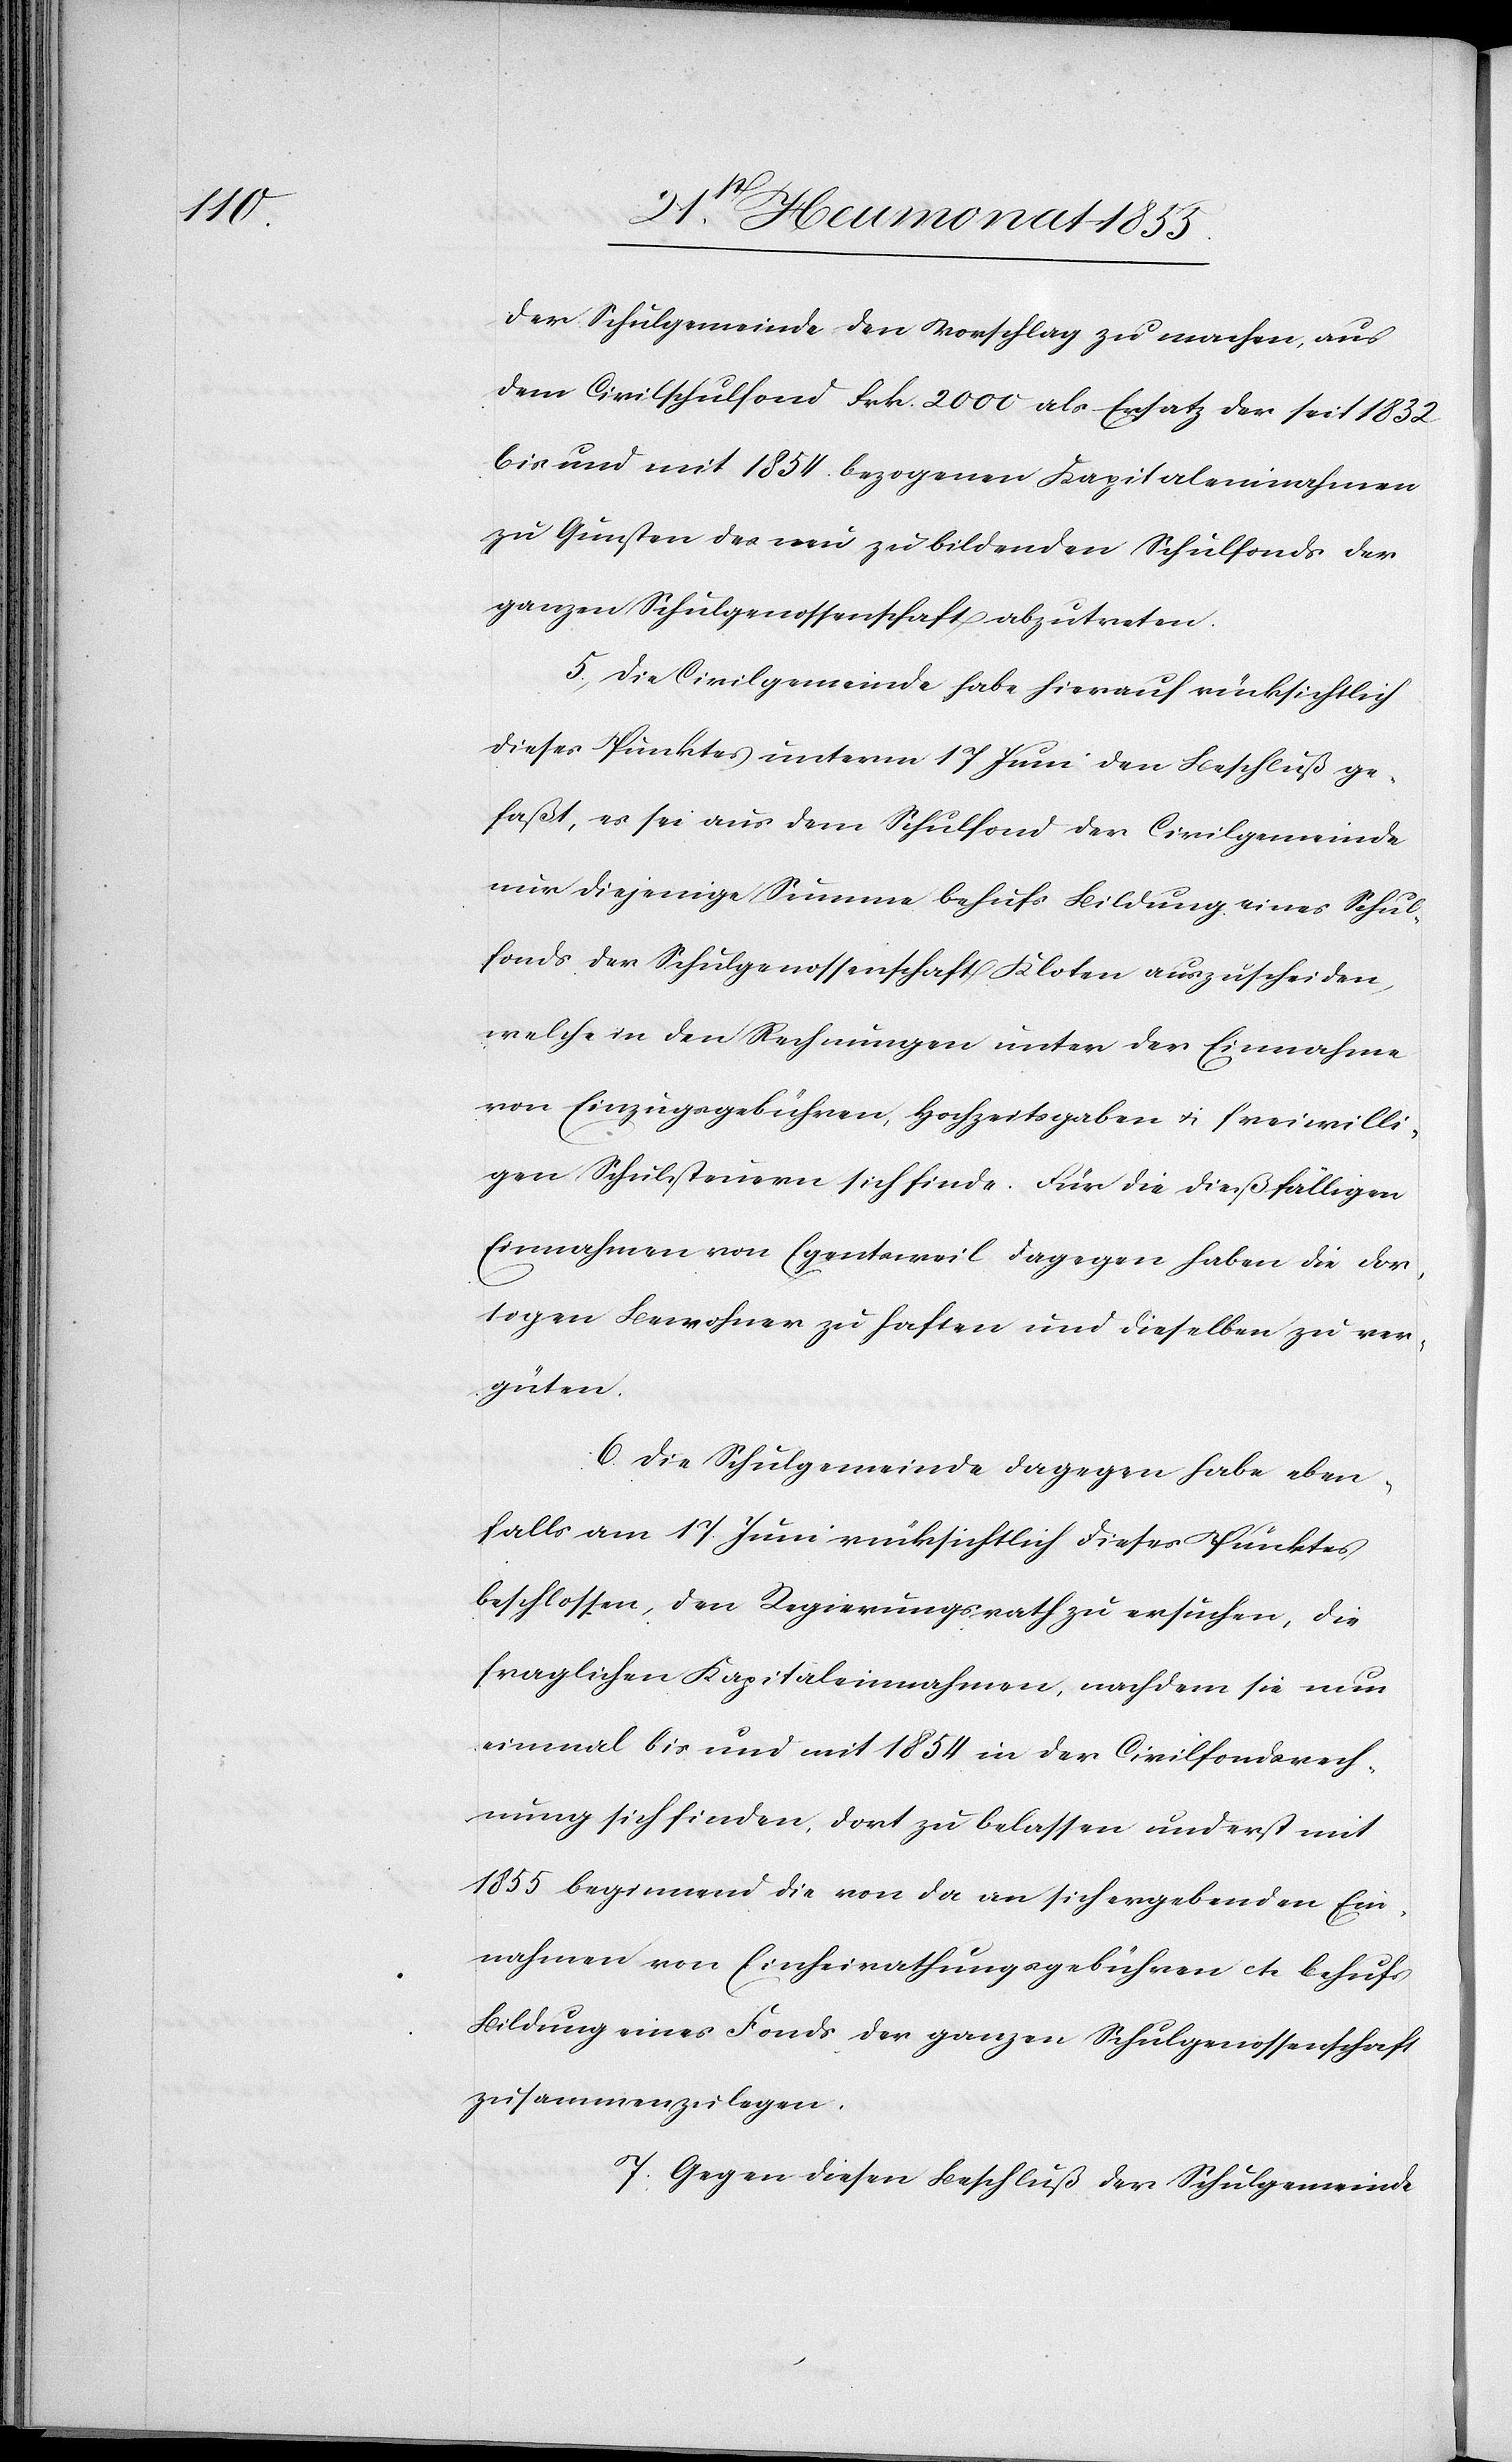
der Schulgemeinde den Vorschlag zu machen, aus
dem Civilschulfond Frk. 2000 als Ersatz der seit 1832
bis und mit 1854. bezogenen Kapitaleinnahmen
zu Gunsten des neu zu bildenden Schulfonds der
ganzen Schulgenossenschaft abzutreten.
5., Die Civilgemeinde habe hierauf rücksichtlich
dieses Punktes unterm 17 Juni den Beschluß ge¬
faßt, es sei aus dem Schulfond der Civilgemeinde
nur diejenige Summe behufs Bildung eines Schul¬
fonds der Schulgenossenschaft Kloten auszuscheiden,
welche in den Rechnungen unter der Einnahme
von Einzugsgebühren, Hochzeitsgaben & freiwilli¬
gen Schulsteuern sich finde. Für die dießfälligen
Einnahmen von Egentsweil dagegen haben die dor¬
tigen Bewohner zu haften und dieselben zu ver¬
güten.
6. Die Schulgemeinde dagegen habe eben¬
falls am 17. Juni rücksichtlich dieses Punktes
beschlossen, den Regierungsrath zu ersuchen, die
fraglichen Kapitaleinnahmen, nachdem sie nun
einmal bis und mit 1854 in der Civilfondsrech¬
nung sich finden, dort zu belassen und erst mit
1855 beginnend die von da an sich ergebenden Ein¬
nahmen von Einheirathungsgebühren etc. behufs
Bildung eines Fonds der ganzen Schulgenossenschaft
zusammenzulegen.
7. Gegen diesen Beschluß der Schulgemeinde